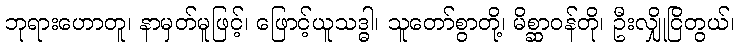
ဘုရားဟောတူ၊ နာမှတ်မူဖြင့်၊ ဖြောင့်ယူသဒ္ဓါ၊ သူတော်စွာတို့၊ မိစ္ဆာဝန်တို၊ ဦးလျှိုငြိတွယ်၊